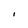
Character: I